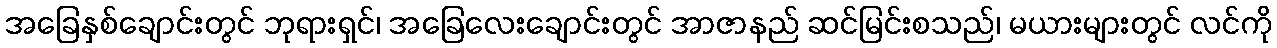
အခြေနှစ်ချောင်းတွင် ဘုရားရှင်၊ အခြေလေးချောင်းတွင် အာဇာနည် ဆင်မြင်းစသည်၊ မယားများတွင် လင်ကို